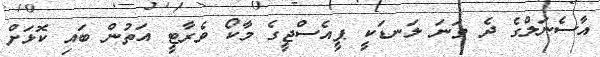
އާސެނަލްގެ ދެ ވަނަ ލަނޑަކީ ޕީއެސްޖީގެ މާކޯ ވެރާޓީ އަތުން ބައި ކޮޅަށް